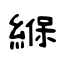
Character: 緥